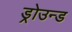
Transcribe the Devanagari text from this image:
ड्रोउन्ड